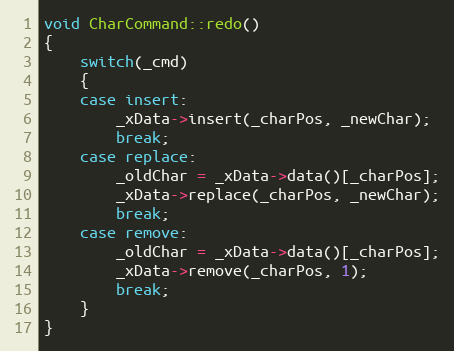
Language: C++
void CharCommand::redo()
{
    switch(_cmd)
    {
    case insert:
        _xData->insert(_charPos, _newChar);
        break;
    case replace:
        _oldChar = _xData->data()[_charPos];
        _xData->replace(_charPos, _newChar);
        break;
    case remove:
        _oldChar = _xData->data()[_charPos];
        _xData->remove(_charPos, 1);
        break;
    }
}